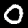
Digit: 0